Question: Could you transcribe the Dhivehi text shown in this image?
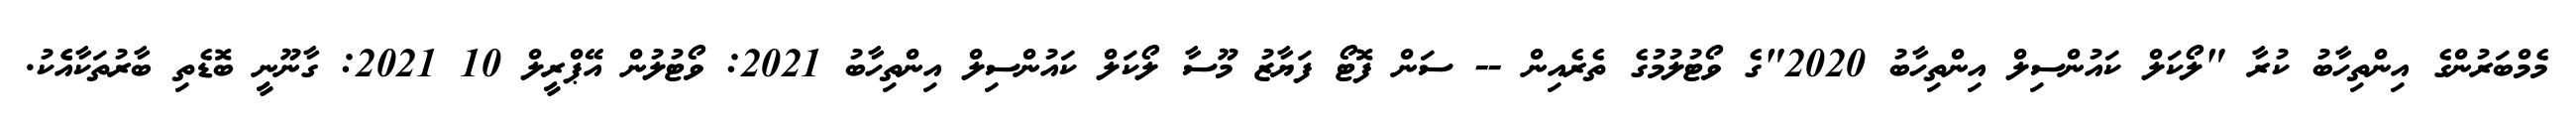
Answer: މެމްބަރުންގެ އިންތިހާބު ކުރާ "ލޯކަލް ކައުންސިލް އިންތިހާބު 2020"ގެ ވޯޓުލުމުގެ ތެރެއިން -- ސަން ފޮޓޯ ފަޔާޒު މޫސާ ލޯކަލް ކައުންސިލް އިންތިހާބު 2021: ވޯޓުލުން އޭޕްރީލް 10 2021: ގާނޫނީ ބޮޑެތި ބާރުތަކާއެެކު.